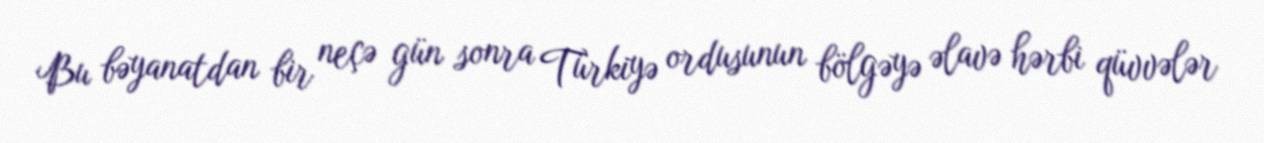
Bu bəyanatdan bir neçə gün sonra Türkiyə ordusunun bölgəyə əlavə hərbi qüvvələr